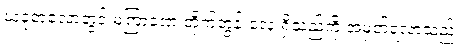
ယခုတလောတွင် မကြာခဏ တိုက်တွန်းလေ့ ရှိသည်ကို အမှတ်ရလာသည်။